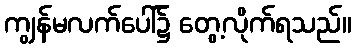
ကျွန်မလက်ပေါ်၌ တွေ့လိုက်ရသည်။